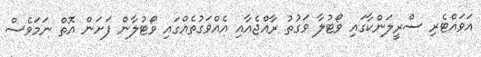
އަވައްޓެރި ސްރީލަންކާގައި ވޯޓުލާ ވަގުތު ރާއްޖެއާއި އެއްވަގުތެއްގައި ވޯޓުލާން ފަށަން އޮތް ނަމަވެސް